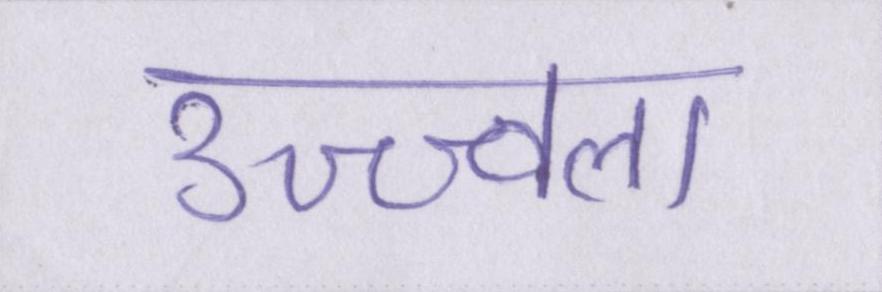
उज्ज्वला